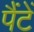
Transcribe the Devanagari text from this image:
पैंटें